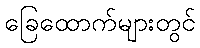
ခြေထောက်များတွင်